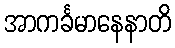
အာကင်္ခမာနေနာတိ